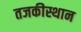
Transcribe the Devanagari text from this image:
तजकीस्थान